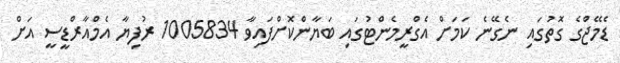
ޑެމޭޖްގެ ގޮތުގައި ނެގޭނެ ކަމަށް އެގްރީމެންޓުގައި ބަޔާންކޮށްފައިވާ 1005834 ރުފިޔާ އެމްއާރްޑީސީ އަށް